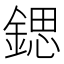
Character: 鍶